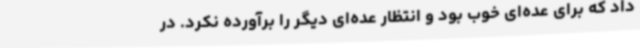
داد که برای عده‌ای خوب بود و انتظار عده‌ای دیگر را برآورده نکرد. در